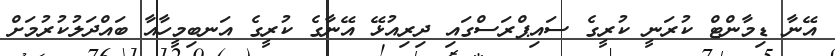
އޭނާ ޑިމާންޓް ކުރަނީ ކުރީގެ ސައިޕްރަސްގައި ދިރިއުޅޭ އޭނާގެ ކުރީގެ އަނބިމީހާއާ ބައްދަލުކުރުމަށް